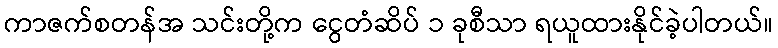
ကာဇက်စတန်အ သင်းတို့က ငွေတံဆိပ် ၁ ခုစီသာ ရယူထားနိုင်ခဲ့ပါတယ်။